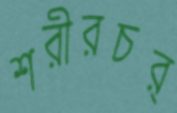
শরীরচর্